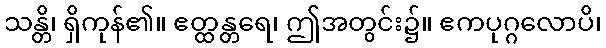
သန္တိ၊ ရှိကုန်၏။ ဧတ္ထန္တရေ၊ ဤအတွင်း၌။ ဧကပုဂ္ဂလောပိ၊